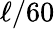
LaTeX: \ell/60